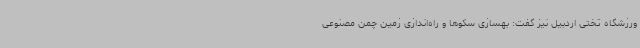
ورزشگاه تختی اردبیل نیز گفت: بهسازی سکوها و راه‌اندازی زمین چمن مصنوعی